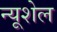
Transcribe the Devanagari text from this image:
न्यूशेल